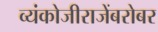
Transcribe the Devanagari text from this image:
व्यंकोजीराजेंबरोबर